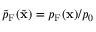
\tilde { p } _ { \mathrm { F } } ( \tilde { \mathbf { x } } ) = p _ { \mathrm { F } } ( \mathbf { x } ) / p _ { 0 }